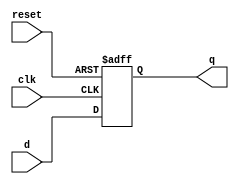
module dff_reset (
    input wire clk,
    input wire reset,
    input wire d,
    output reg q
);

always @(posedge clk or posedge reset) begin
    if (reset) begin
        q <= 1'b0;
    end else begin
        q <= d;
    end
end

endmodule